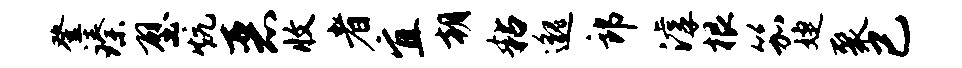
登臻壁炕恶收者宜朝粘邈郎滹根笳婕聚已